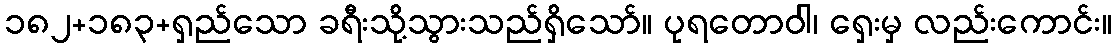
၁၈၂+၁၈၃+ရှည်သော ခရီးသို့သွားသည်ရှိသော်။ ပုရတောဝါ၊ ရှေးမှ လည်းကောင်း။